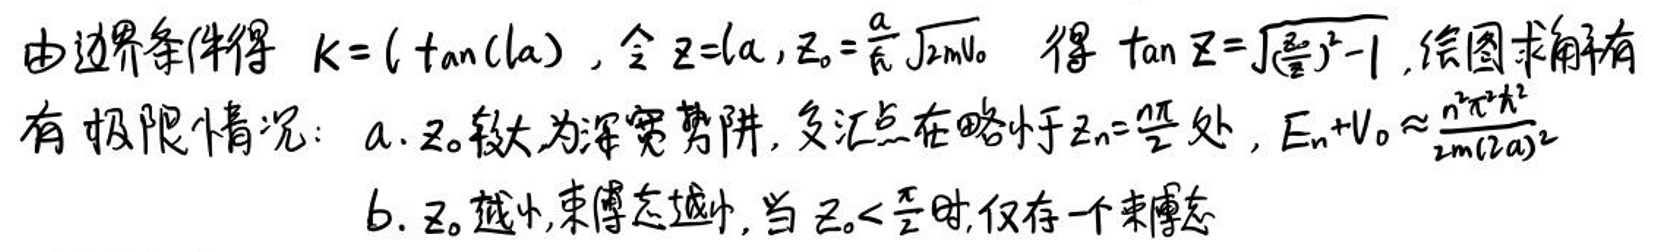
由边界条件得\(k = (\tan(\alpha))\)，令\(z = a\)，\(z_{0}=\frac{a}{2}\sqrt{2mU_{0}}\)得\(\tan \Sigma=\sqrt{(\frac{E}{U_{0}})^2-1}\)，绘图示有极限情况：
a. \(z_{0}\)较大为深势阱，交汇点在略小于\(z_{n}=\frac{n\pi}{2}\)处，\(E_{n}+U_{0}\approx\frac{n^2\pi^2\hbar^2}{2m(2a)^2}\)
b. \(z_{0}\)越小，束缚态越少，当\(z_{0}<\frac{\pi}{2}\)时，仅存一个束缚态